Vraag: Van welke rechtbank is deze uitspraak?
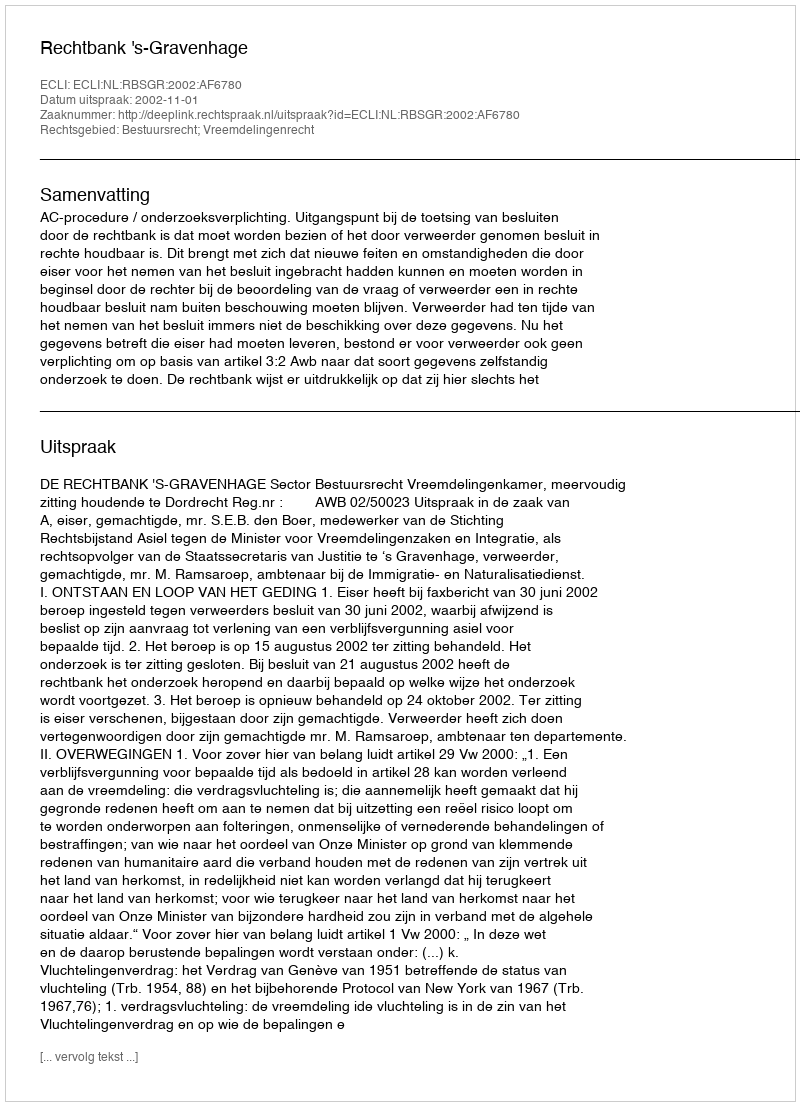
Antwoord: Rechtbank 's-Gravenhage